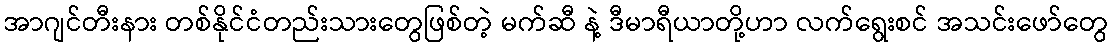
အာဂျင်တီးနား တစ်နိုင်ငံတည်းသားတွေဖြစ်တဲ့ မက်ဆီ နဲ့ ဒီမာရီယာတို့ဟာ လက်ရွေးစင် အသင်းဖော်တွေ